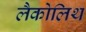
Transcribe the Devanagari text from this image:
लैकोलिथ